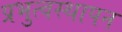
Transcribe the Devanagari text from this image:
प्रभुत्वस्थापन